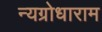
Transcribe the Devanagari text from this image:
न्यग्रोधाराम